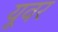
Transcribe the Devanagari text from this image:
यूवर